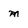
Character: m